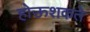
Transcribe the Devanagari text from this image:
होऊशकते